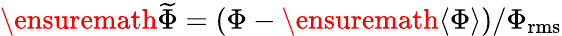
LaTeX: \ensuremath{\widetilde{\Phi}}=(\Phi-\ensuremath{\langle\Phi\rangle})/\Phi_{\mathrm{rms}}